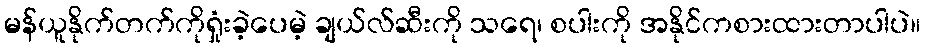
မန်ယူနိုက်တက်ကိုရှုံးခဲ့ပေမဲ့ ချယ်လ်ဆီးကို သရေ၊ စပါးကို အနိုင်ကစားထားတာပါပဲ။